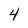
Character: 4